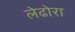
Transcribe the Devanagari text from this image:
लेढोरा